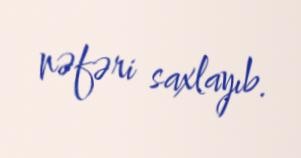
nəfəri saxlayıb.